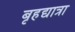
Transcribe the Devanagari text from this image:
बृहद्यात्रा